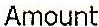
AMOUNT